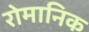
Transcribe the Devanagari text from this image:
रोमानिक